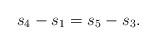
LaTeX: \begin{align*} s_4-s_1 = s_5-s_3.\end{align*}